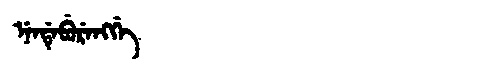
Manchu: ᠨᡝᠨᡩᡝᠪᡠᡵᡝᠩᡤᡝ
Romanization: NENDEBURENGGE